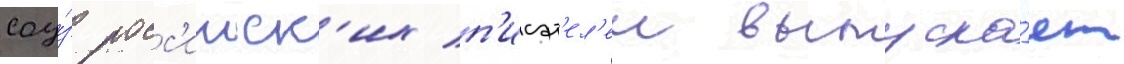
соу́з росс'ииск'их п'исат'ел'еи выпуска́ет